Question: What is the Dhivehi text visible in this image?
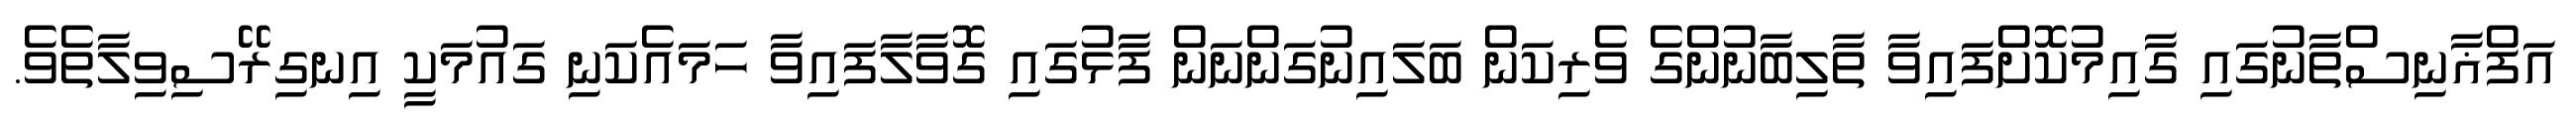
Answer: އަފްޣާނިސްތާނުގައި ގާއިމުކޮށްފައިވާ ތާލިބާނުންގެ ވެރިކަން ބަލައިނުގަންނަން ފާޅުގައި ގޮވާލާފައިވާ ހަމައެކަނި ގައުމަކީ އިނގިރޭސިވިލާތެވެ.